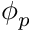
\phi _ { p }